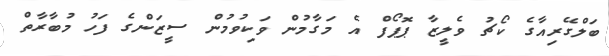
ބަލްގޭރިއާގެ ކޯޗު ވެލީޒާ ޕޮޕޯފް އެ މަގާމުން ވަކިވުމުން ސީޒަންގެ ފަހު މުބާރާތް